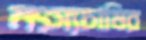
মৎস্যচাষির